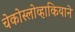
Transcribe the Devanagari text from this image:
चेकोस्लोव्हाकियाने